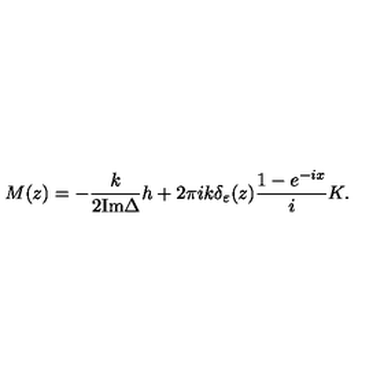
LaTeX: M ( z ) = - \frac { k } { 2 { \mathrm { I m } } \Delta } h + 2 \pi i k \delta _ { \varepsilon } ( z ) \frac { 1 - e ^ { - i x } } { i } K .